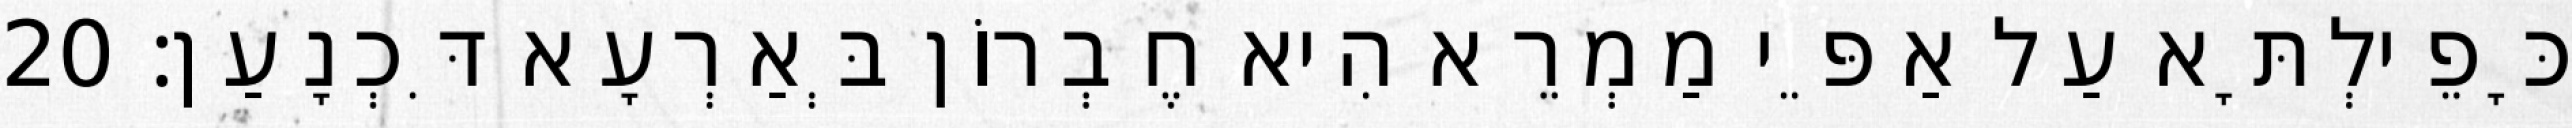
כָּפֵילְתָּא עַל אַפֵּי מַמְרֵא הִיא חֶבְרוֹן בְּאַרְעָא דִּכְנָעַן׃ 20